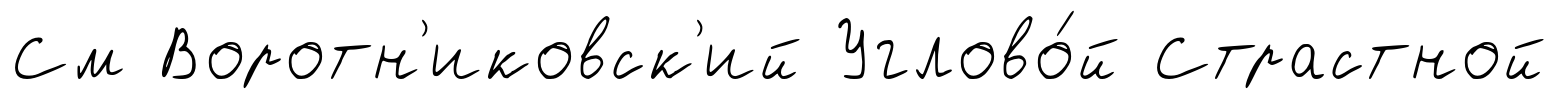
См Воротн'иковск'ий Углово́й Страстной